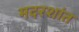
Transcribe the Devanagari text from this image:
मदरशांत